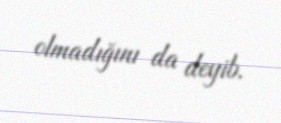
olmadığını da deyib.